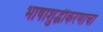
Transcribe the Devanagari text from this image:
भाषाशुद्धीकरणाचा